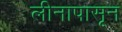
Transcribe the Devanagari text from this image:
लीनापासून